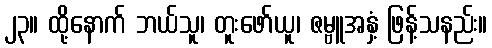
၂၃။ ထို့နောက် ဘယ်သူ၊ တူးဖော်ယူ၊ ဇမ္ဗူအနှံ့ ဖြန့်သနည်း။